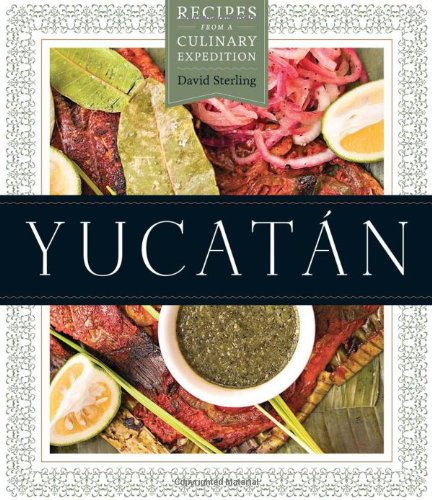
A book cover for YucatÃ¡n: Recipes from a Culinary Expedition (William and Bettye Nowlin Series in Art, History, and Cultur); David Sterling; Cookbooks, Food & Wine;